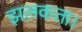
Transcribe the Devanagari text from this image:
झलकता।